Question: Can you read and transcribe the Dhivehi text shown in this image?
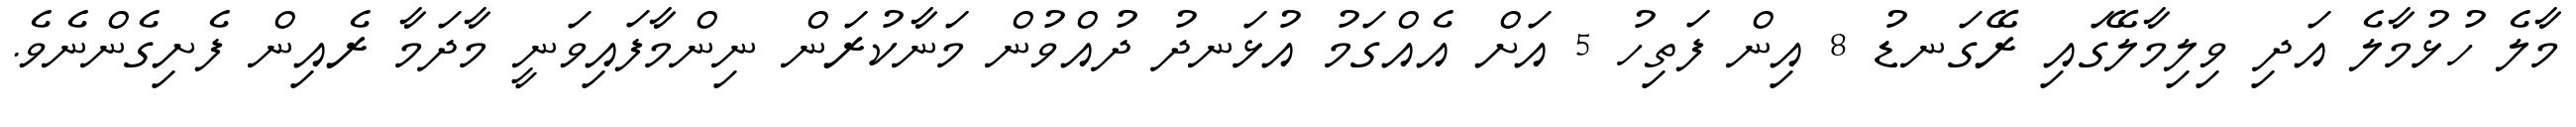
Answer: މާލެ ހުޅުމާލެ އަދި ވިލިމާލޭގައި ރޭގަނޑު 8 އިން ފަތިހު 5 އަށް އެއްގަމު އުޅަނދު ދުއްވުން މަނާކުރަން ނިންމާފައިވަނީ މާދަމާ ރެއިން ފެށިގެންނެވެ.